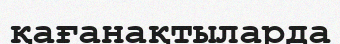
қағанақтыларда